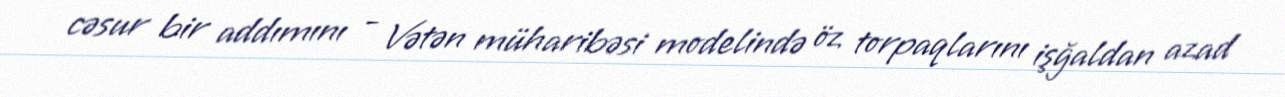
cəsur bir addımını - Vətən müharibəsi modelində öz torpaqlarını işğaldan azad